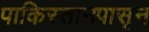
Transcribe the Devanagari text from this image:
पाकिस्तानपासून